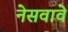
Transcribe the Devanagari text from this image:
नेसवावे